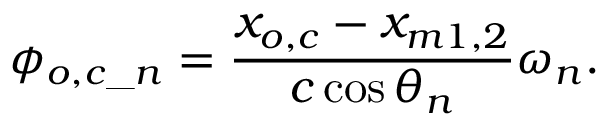
\phi _ { o , c \_ n } = \frac { x _ { o , c } - x _ { m 1 , 2 } } { c \cos { \theta _ { n } } } \omega _ { n } .